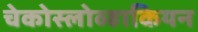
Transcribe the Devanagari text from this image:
चेकोस्लोव्हाकियन